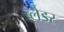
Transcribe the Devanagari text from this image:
ब्‍लैडर